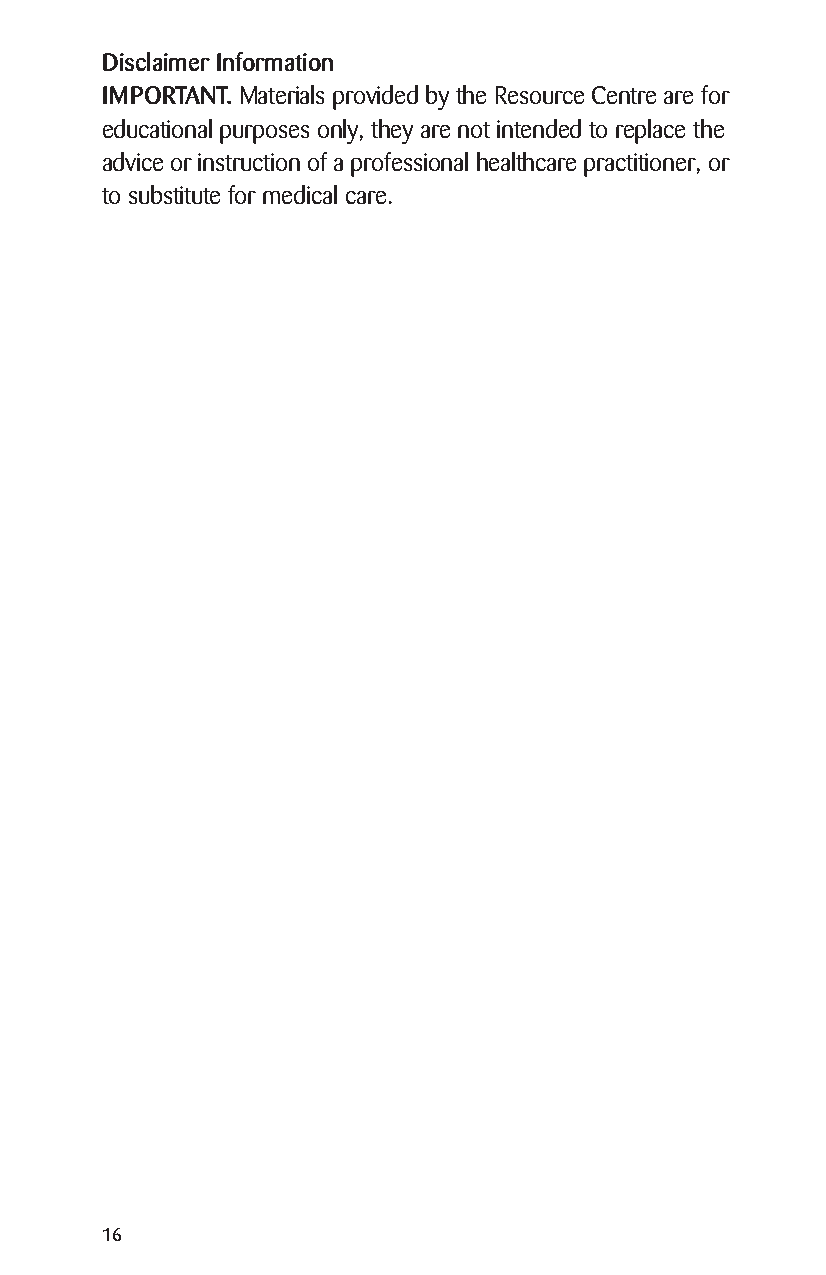
Disclaimer Information
 IMPORTANT. Materials provided by the Resource Centre are for
 educational purposes only, they are not intended to replace the
 advice or instruction of a professional healthcare practitioner, or
 to substitute for medical care.
 16